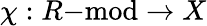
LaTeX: \chi:R{\mathrm{-mod}}\to X